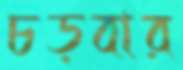
চড়বার